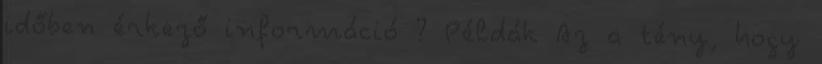
időben érkező információ ? Példák Az a tény, hogy